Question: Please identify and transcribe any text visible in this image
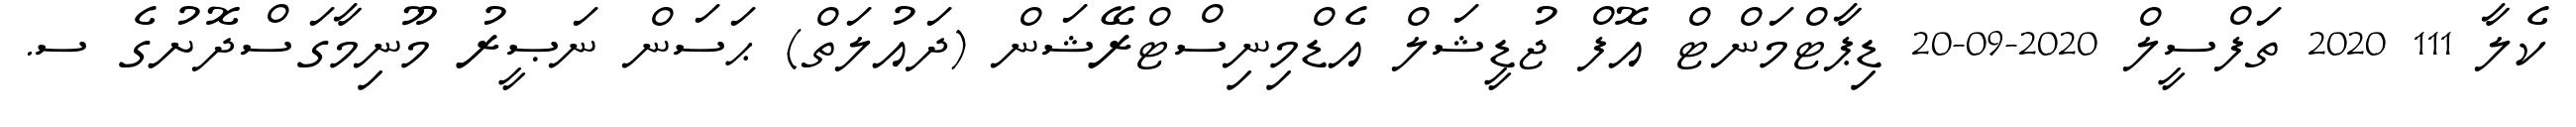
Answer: ކެލާ 111 2020 ތަފްސީލް 2020-09-20 ޑިޕާޓްމަންޓް އޮފް ޖުޑީޝަލް އެޑްމިނިސްޓްރޭޝަން (ދައުލަތް) ޙަސަން ނަޞީރު މޫނިމާގަސްދޮށުގެ ސ.